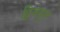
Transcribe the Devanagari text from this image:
द्विजसुत